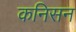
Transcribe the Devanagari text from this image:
कनिसन